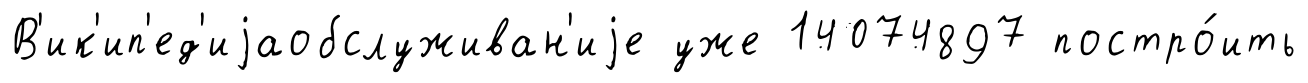
В'ик'ип'ед'иjаобслуживан'иjе уже 14074897 постро́ить